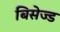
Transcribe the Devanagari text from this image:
बिसेज्ड